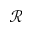
\mathcal { R }